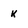
Character: k